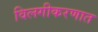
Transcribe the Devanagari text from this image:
विलगीकरणात